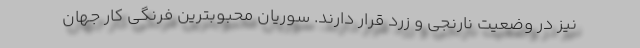
نیز در وضعیت نارنجی و زرد قرار دارند. سوریان محبوبترین فرنگی کار جهان